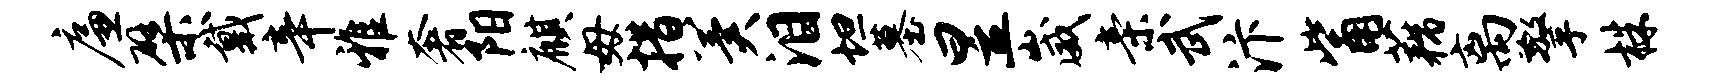
廉檗戴辛雅奢阳麒毋措冀泪坦墓昱崴亲武汴觜藕离擎株